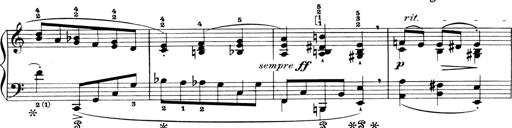
Title: 4 Sonatines
Composer: Max Reger